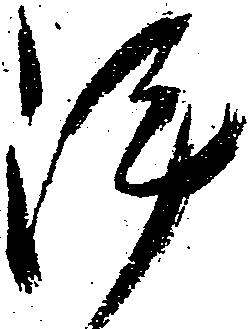
陣